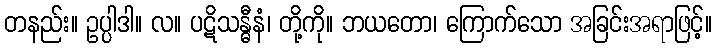
တနည်း။ ဥပ္ပါဒါ။ လ။ ပဋိသန္ဓီနံ၊ တို့ကို။ ဘယတော၊ ကြောက်သော အခြင်းအရာဖြင့်။